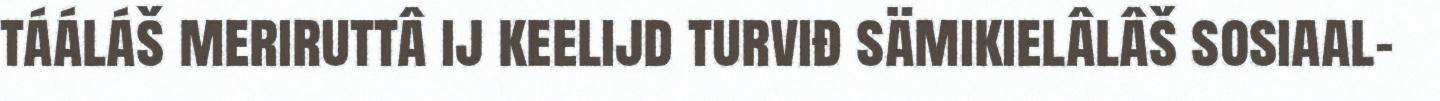
tááláš meriruttâ ij keelijd turviđ sämikielâlâš sosiaal-